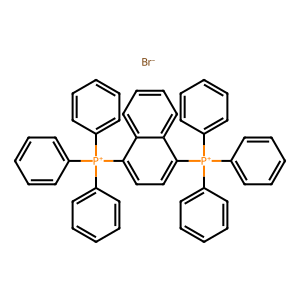
SMILES: [Br-].c1ccc([P+](c2ccccc2)(c2ccccc2)c2ccc([P+](c3ccccc3)(c3ccccc3)c3ccccc3)c3ccccc23)cc1
Inhibits HIV replication: No